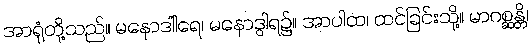
အာရုံတို့သည်။ မနောဒါါရေ၊ မနောဒွါရ၌။ အာပါထ၊ ထင်ခြင်းသို့။ မာဂစ္ဆန္တိ၊